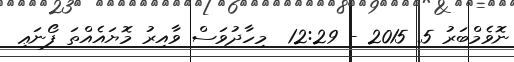
ނޮވެމްބަރު 5